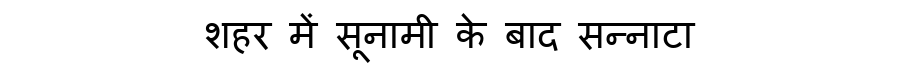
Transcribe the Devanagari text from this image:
शहर में सूनामी के बाद सन्नाटा